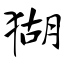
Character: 猢